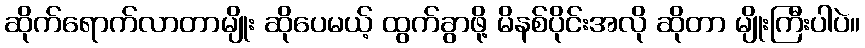
ဆိုက်ရောက်လာတာမျိုး ဆိုပေမယ့် ထွက်ခွာဖို့ မိနစ်ပိုင်းအလို ဆိုတာ မျိုးကြီးပါပဲ။